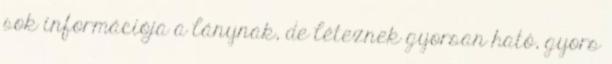
sok információja a lánynak, de léteznek gyorsan ható, gyors